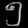
Digit: ၅